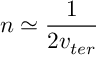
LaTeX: n \simeq \frac 1 { 2 v _ { t e r } }